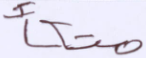
متكأ